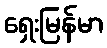
ရှေးမြန်မာ